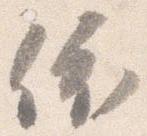
依